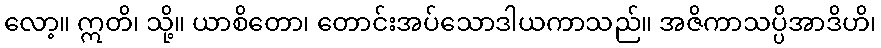
လော့။ ဣတိ၊ သို့။ ယာစိတော၊ တောင်းအပ်သောဒါယကာသည်။ အဇိကာသပ္ပိအာဒိဟိ၊